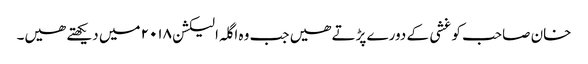
خان صاحب کو غشی کے دورے پڑتے ھیں جب وہ اگلہ الیکشن ۲۰۱۸ میں دیکھتے ھیں۔